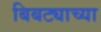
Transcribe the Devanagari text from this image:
बिबट्याच्या